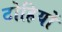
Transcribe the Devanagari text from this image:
टोहियों